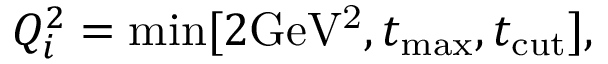
Q _ { i } ^ { 2 } = \operatorname * { m i n } [ 2 \mathrm { G e V ^ { 2 } } , t _ { \mathrm { m a x } } , t _ { \mathrm { c u t } } ] ,